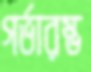
গর্ভারম্ভ